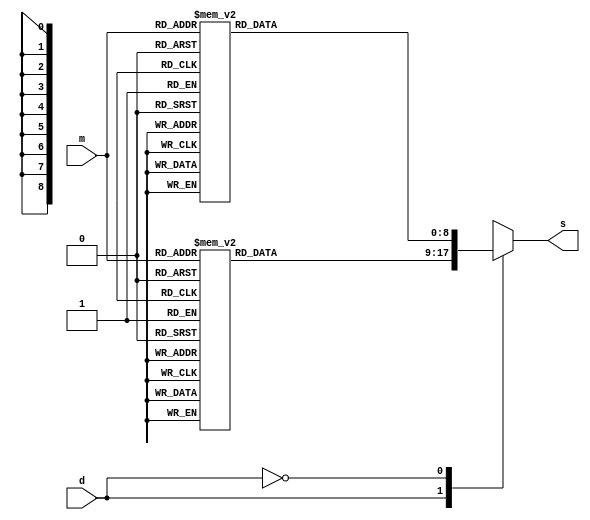
module SevenSegment(
	input [3:0] m,
	input d,
	output reg [8:0] s
);

always @ *
case(d)

1'b1 :

case(m)
4'b0000 : s = 8'b01000000;
4'b0001 : s = 8'b01111001;
4'b0010 : s = 8'b00100100;
4'b0011 : s = 8'b00110000;
4'b0100 : s = 8'b00011001;
4'b0101 : s = 8'b00010010;
4'b0110 : s = 8'b00000010;
4'b0111 : s = 8'b01111000;
4'b1000 : s = 8'b00000000;
4'b1001 : s = 8'b00011000;
4'b1010 : s = 8'b00001000;
4'b1011 : s = 8'b00000011;
4'b1100 : s = 8'b01000110;
4'b1101 : s = 8'b00100001;
4'b1110 : s = 8'b00000110;
4'b1111 : s = 8'b00001110;
endcase

1'b0 :

case(m)
4'b0000 : s = 8'b11000000;
4'b0001 : s = 8'b11111001;
4'b0010 : s = 8'b10100100;
4'b0011 : s = 8'b10110000;
4'b0100 : s = 8'b10011001;
4'b0101 : s = 8'b10010010;
4'b0110 : s = 8'b10000010;
4'b0111 : s = 8'b11111000;
4'b1000 : s = 8'b10000000;
4'b1001 : s = 8'b10011000;
4'b1010 : s = 8'b10001000;
4'b1011 : s = 8'b10000011;
4'b1100 : s = 8'b11000110;
4'b1101 : s = 8'b10100001;
4'b1110 : s = 8'b10000110;
4'b1111 : s = 8'b10001110;
endcase
 endcase
endmodule
module BCD_decoder(
	input [24:0] timeTaken,
	);
reg [3:0] ones;
reg [3:0] tens;
reg [3:0] hundreds;

	always @ ( * ) begin
		ones <= timeTaken % 1;
		tens <= timeTaken % 10;
		hundreds <= timeTaken % 100;
	end
	SevenSegment s1(ones, 0, HEX0);
	SevenSegment s2(tens, 0, HEX1);
	SevenSegment s3(hundreds, 0, HEX2);

endmodule